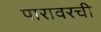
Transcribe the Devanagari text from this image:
पारावरची